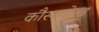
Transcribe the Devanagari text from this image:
कौस्टवोल्ड